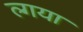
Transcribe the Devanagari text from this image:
ल्गया